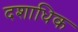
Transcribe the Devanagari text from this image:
दशाधिक